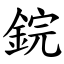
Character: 鋎